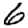
Digit: 6